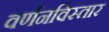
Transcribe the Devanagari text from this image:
वर्णनविस्तार